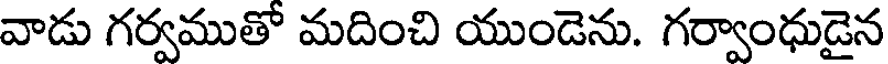
వాడు గర్వముతో మదించి యుండెను. గర్వాంధుడైన